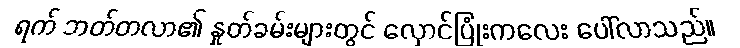
ရက် ဘတ်တလာ၏ နှုတ်ခမ်းများတွင် လှောင်ပြုံးကလေး ပေါ်လာသည်။